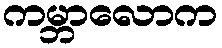
ကမ္ဘာလောက